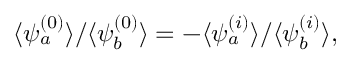
\langle \psi _ { a } ^ { ( 0 ) } \rangle / \langle \psi _ { b } ^ { ( 0 ) } \rangle = - \langle \psi _ { a } ^ { ( i ) } \rangle / \langle \psi _ { b } ^ { ( i ) } \rangle ,